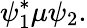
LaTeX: \psi_{1}^{*}\mu\psi_{2}.